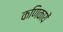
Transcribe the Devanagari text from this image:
कणिकायें